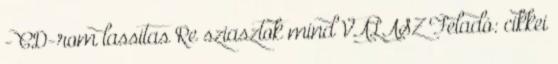
- CD-rom lassitas Re sziasztok mind VÁLASZ Feladó: cikkei